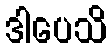
ဒါပေသိ